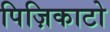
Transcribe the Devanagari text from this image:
पिज़िकाटो